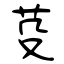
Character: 芟